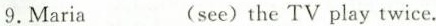
9.Maria ___(see) the TV play twice.